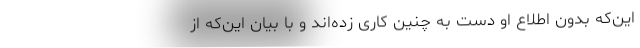
این‌که بدون اطلاع او دست به چنین کاری زده‌اند و با بیان این‌که از